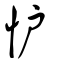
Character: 𢗼